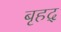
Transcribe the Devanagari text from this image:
बृहद्‌